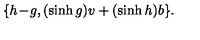
\{ h \! - \! g , ( \sinh g ) v + ( \sinh h ) b \} .